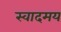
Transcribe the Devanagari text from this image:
स्वादमय